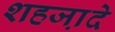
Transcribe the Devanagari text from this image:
शहजा़दे